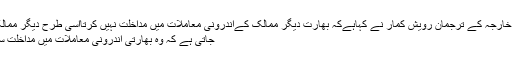
بھارتی وزارت خارجہ کے ترجمان رویش کمار نے کہاہےکہ بھارت دیگر ممالک کےاندرونی معاملات میں مداخلت نہیں کرتااسی طرح دیگر ممالک سے امید کی
جاتی ہے کہ وہ بھارتی اندرونی معاملات میں مداخلت سے گریز کریں۔